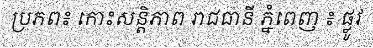
ប្រភព៖ កោះសន្តិភាព រាជធានី ភ្នំពេញ ៖ ផ្លូវ